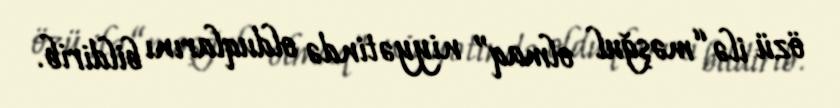
özü ilə “məşğul olmaq” niyyətində olduqlarını bildirib.